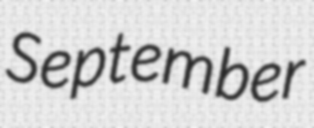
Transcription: September